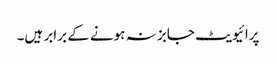
پرائیویٹ جابز نہ ہونے کے برابر ہیں۔